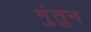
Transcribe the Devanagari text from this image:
गुंतुन